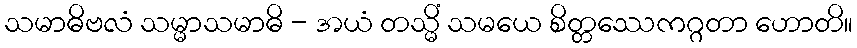
သမာဓိဗလံ သမ္မာသမာဓိ - အယံ တသ္မိံ သမယေ စိတ္တဿေကဂ္ဂတာ ဟောတိ။